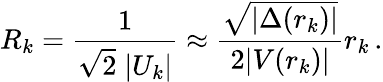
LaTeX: R_{k}=\frac{1}{\sqrt{2}\; |U_{k}|}\approx\frac{\sqrt{|\Delta(r_{k})|}}{2|V(r_{k})|}r_{k}\, .